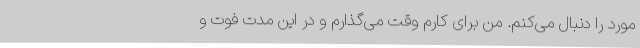
مورد را دنبال می‌کنم. من برای کارم وقت می‌گذارم و در این مدت فوت و